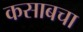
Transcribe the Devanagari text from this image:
कसाबचा